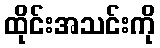
ထိုင်းအသင်းကို